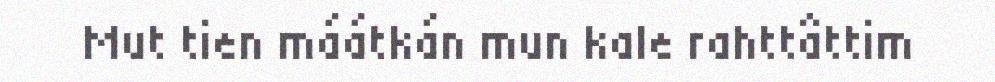
Mut tien máátkán mun kale rahttâttim